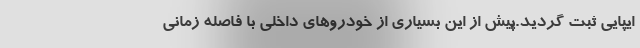
ایپایی ثبت گردید.پیش از این بسیاری از خودروهای داخلی با فاصله زمانی